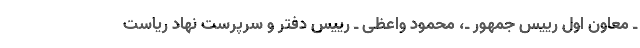
ـ معاون اول رییس جمهور ـ، محمود واعظی ـ رییس دفتر و سرپرست نهاد ریاست